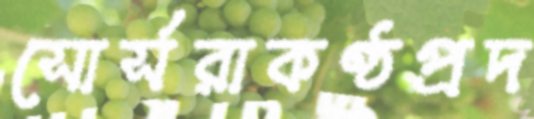
সোর্সরাকণ্ঠপ্রদ